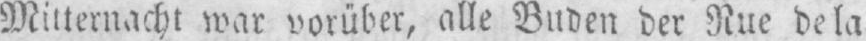
Mitternacht war vorüber, alle Buden der Rue de la